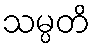
သမ္ပတိ